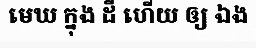
មេឃ ក្នុង ដី ហើយ ឲ្យ ឯង